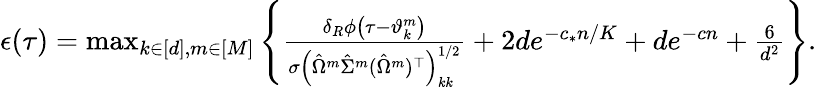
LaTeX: \begin{array}{r}{\epsilon(\tau)=\operatorname*{max}_{k\in[d],m\in[M]}\left\{ \frac{\delta_{R}{\phi\left(\tau-\vartheta_{k}^{m}\right)}}{\sigma\left(\hat{\Omega}^{m}\hat{\Sigma}^{m}(\hat{\Omega}^{m})^{\top}\right)_{kk}^{1/2}}+2de^{-c_{*}n/K}+de^{-cn}+\frac{6}{d^{2}}\right\} .}\end{array}